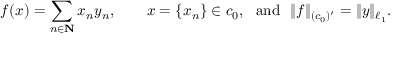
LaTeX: f ( x ) = \sum _ { n \in \mathbf { N } } x _ { n } y _ { n } , \qquad x = \{ x _ { n } \} \in c _ { 0 } , \ \ { \mathrm { a n d } } \ \ \| f \| _ { ( c _ { 0 } ) ^ { \prime } } = \| y \| _ { \ell _ { 1 } } .